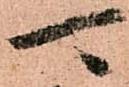
可